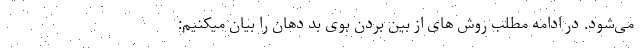
می‌شود. در ادامه مطلب روش های از بین بردن بوی بد دهان را بیان میکنیم: